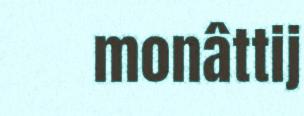
monâttij